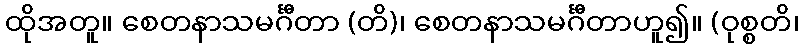
ထိုအတူ။ စေတနာသမင်္ဂီတာ (တိ)၊ စေတနာသမင်္ဂီတာဟူ၍။ (ဝုစ္စတိ၊